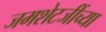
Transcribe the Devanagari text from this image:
जमशेटजींच्या